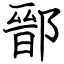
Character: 鄑